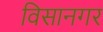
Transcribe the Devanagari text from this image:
विसानगर